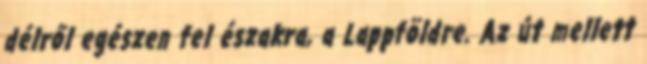
délről egészen fel északra, a Lappföldre. Az út mellett